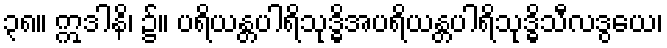
၃၈။ ဣဒါနိ၊ ၌။ ပရိယန္တပါရိသုဒ္ဓိအပရိယန္တပါရိသုဒ္ဓိသီလဒွယေ၊